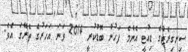
ސިނގިރެޓްގެ ޑިއުޓީ އެންމެ ފަހުން ބޮޑުކުރީ 2014 ވަނަ އަހަރުގެ ތެރޭގަ އެވެ.